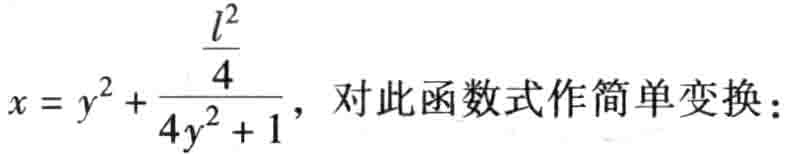
\(x = y^{2}+\frac{\frac{l^{2}}{4}}{4y^{2}+1}\)，对此函数式作简单变换：